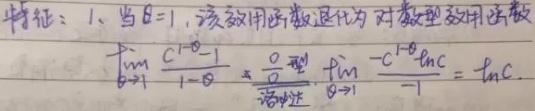
特征：1、当 $\theta = 1$，该效用函数退化为对数型效用函数
\[
\lim_{\theta \to 1}\frac{c^{1 - \theta}-1}{1 - \theta}\overset{\frac{0}{0}\text{型}}{=\!=\!=}\lim_{\theta \to 1}\frac{-c^{1 - \theta}\ln c}{-1}=\ln c
\]